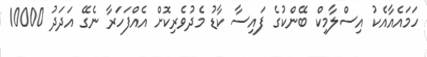
ހަމައެއާއެކު އިސްލާމިކް ބޭންކުގެ ފައިސާ ކާޑު މެދުވެރިކޮށް އެއްފަހަރާ ނެގޭ އަދަދު 10000